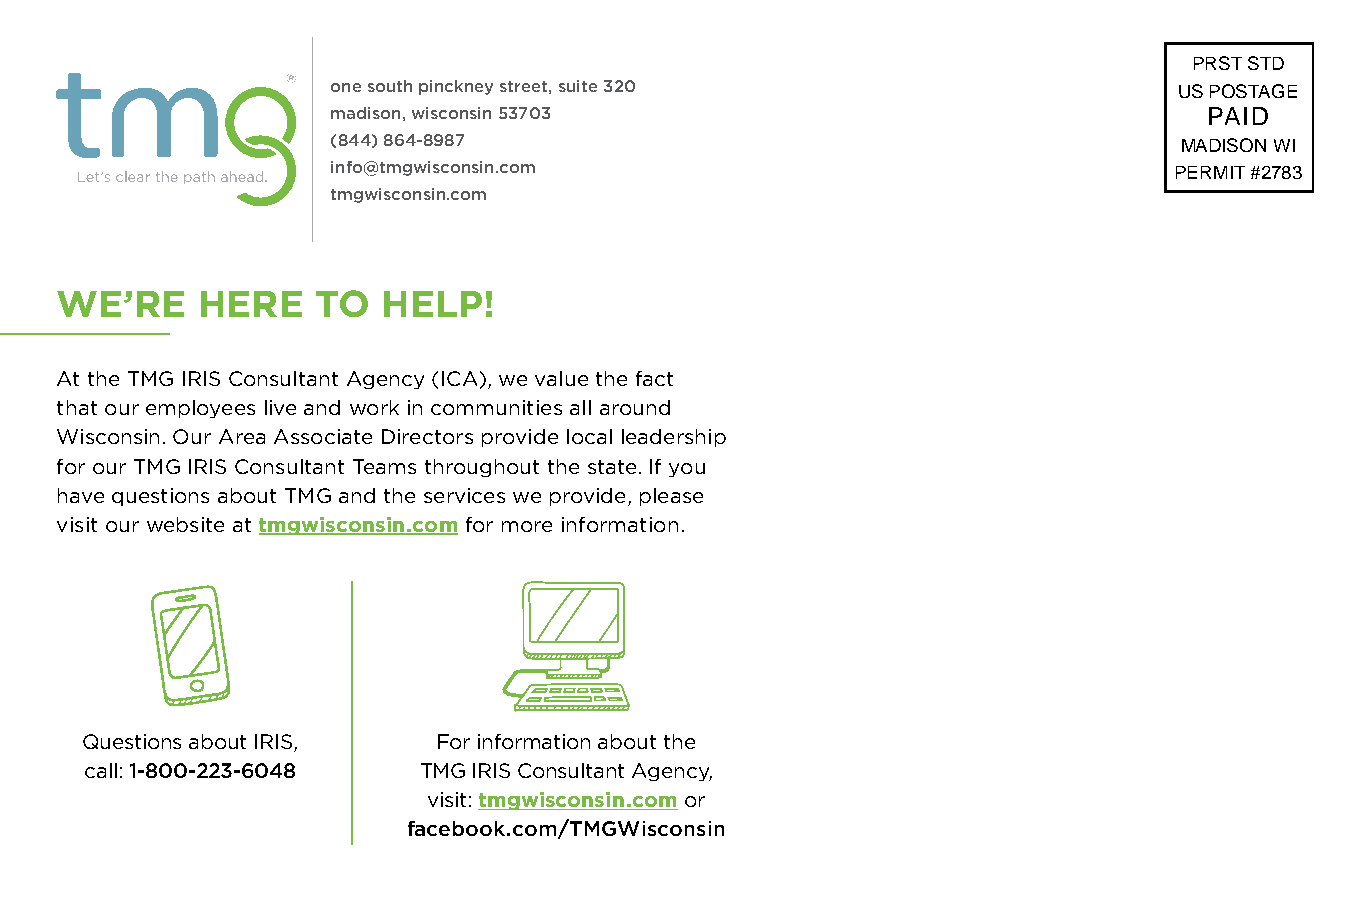
PRST STD
 one south pinckney street, suite 320                    US POSTAGE
 madison, wisconsin 53703                                  PAID
 (844) 864-8987                                          MADISON WI
 info@tmgwisconsin.com                                   PERMIT #2783
 tmgwisconsin.com
 WE’RE    HERE    TO  HELP!
 At the TMG IRIS Consultant Agency (ICA), we value the fact
 that our employees live and work in communities all around
 Wisconsin. Our Area Associate Directors provide local leadership
 for our TMG IRIS Consultant Teams throughout the state. If you
 have questions about TMG and the services we provide, please
 visit our website at tmgwisconsin.com for more information.
 Questions about IRIS,   For information about the
 call: 1-800-223-6048  TMG IRIS Consultant Agency,
 visit: tmgwisconsin.com or
 facebook.com/TMGWisconsin